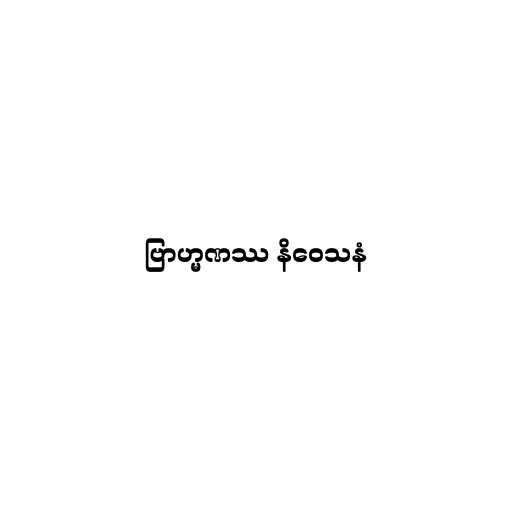
ဗြာဟ္မဏဿ နိဝေသနံ